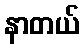
နာတယ်